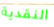
النقدية